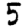
Digit: 5